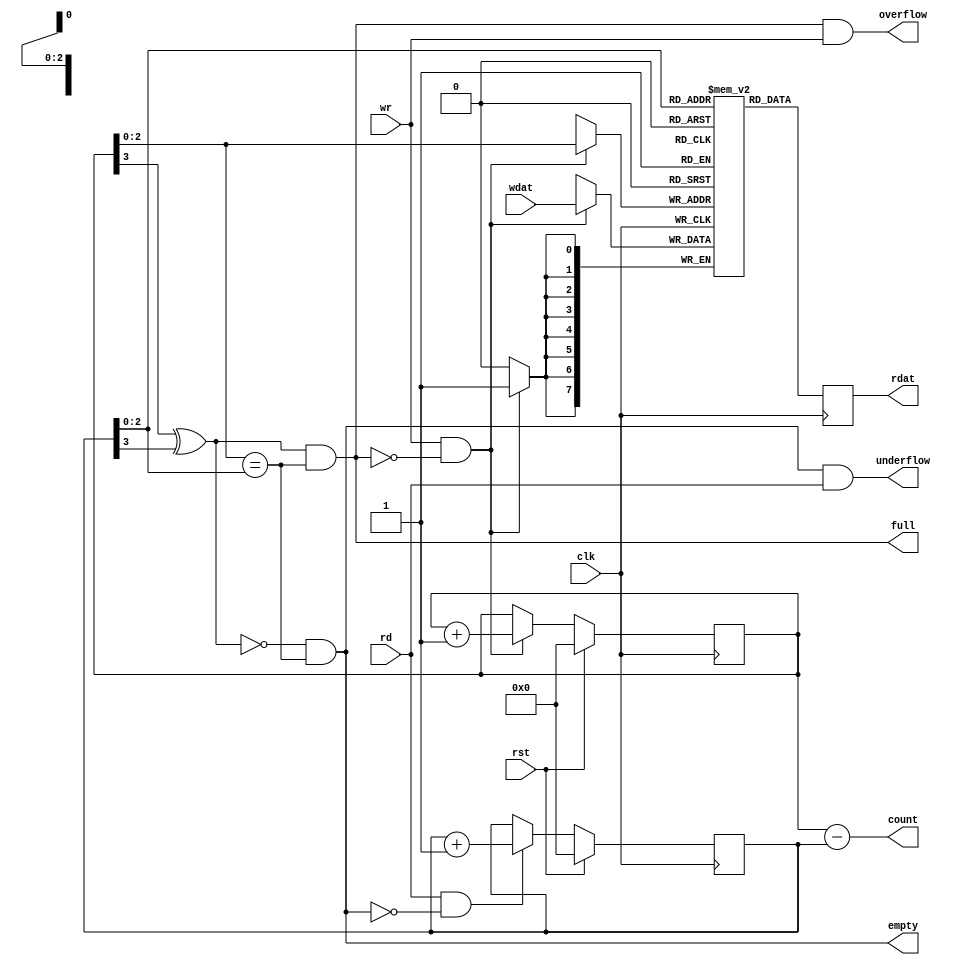
////////////////////////////////////////////
//
// Project: Verilog Portfolio
//
// Purpose: synchronous FIFO
//
// Creator: Zhengfan Xia
//
// Version:
// 		v0.1 initial design 20190824 
// 		v0.2 formal verification 20220317
////////////////////////////////////////////
module sfifo #(
	parameter DW = 8, // Data Width
	parameter FD = 3  // FIFO Depth
) (
	input  wire rst,
	input  wire clk,
	input  wire wr,	// 1 request write
	input  wire rd, // 1 request read
	input  wire [DW-1:0] wdat,	// write data
	output reg  [DW-1:0] rdat,	// read data
	output wire [FD:0] count,	// data count in fifo
	output wire full,
	output wire empty,
	output wire overflow,	// overflow flag
	output wire underflow	// underflow flag
);


	reg [DW-1:0] mem[0:(1<<FD)-1];
	reg [FD:0] wr_cnt;
	reg [FD:0] rd_cnt;
	wire equal;

	assign equal = wr_cnt[FD-1:0] == rd_cnt[FD-1:0];
	// when equal and no race, fifo is empty
	assign empty = ~(wr_cnt[FD]^rd_cnt[FD]) & equal;
	// when equal and in race, fifo is full
	assign full = (wr_cnt[FD]^rd_cnt[FD]) & equal;
	assign overflow = full & wr;
	assign underflow = empty & rd;
	assign count = wr_cnt - rd_cnt;

	always @(posedge clk) begin
		if(rst) begin
			wr_cnt <= 0;
			rd_cnt <= 0;
		end else begin
			//if(wr&~overflow) wr_cnt <= wr_cnt + 1;
			//if(rd&~underflow) rd_cnt <= rd_cnt + 1;
			if(wr&~full) wr_cnt <= wr_cnt + 1;
			if(rd&~empty) rd_cnt <= rd_cnt + 1;
		end
	end

	// stand
	always @(posedge clk) begin
		//if(wr) mem[wr_cnt[FD-1:0]] <= wdat;  // overwrite
		//if(wr&~overflow) mem[wr_cnt[FD-1:0]] <= wdat; // no overwrite
		if(wr&~full) mem[wr_cnt[FD-1:0]] <= wdat; // no overwrite
		rdat <= mem[rd_cnt[FD-1:0]];
	end

	// first word fall through 
	//always @(posedge clk) begin
	//	if(wr) mem[wr_cnt[FD-1:0]] <= wdat; 
	//end
	//assign rdat = mem[rd_cnt[FD-1:0]];

// To keep formal verification logic from being synthesized
`ifdef FORMAL
	// not complete yet

	// setup valid condition
	reg f_valid, f_valid_s1;
	initial f_valid = 0;
	initial f_valid_s1 = 0;
	always @(posedge clk) begin
		if(rst) begin
			f_valid_s1 <=1;
			f_valid    <=0;
		end else if((f_valid_s1&~full&empty&~wr&~rd&equal)&&(rd_cnt==0)&&(wr_cnt==0)) begin
			f_valid_s1 <=0;
			f_valid    <=1;
		end
	end

	always @(*) begin
		if(f_valid) begin
			assert(count <= 1<<FD);
			if(count==0) assert(empty==1);
			if(count!=0) assert(empty==0);
			if(count==1<<FD) assert(full==1);
			if(count!=1<<FD) assert(full==0);
		end
	end

`endif

endmodule